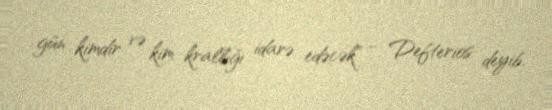
gün kimdir və kim krallığı idarə edəcək” – Defterios deyib.